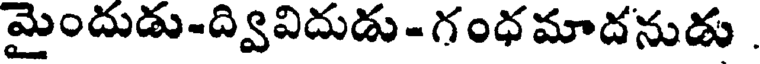
మైందుడు-ద్వివిదుడు- గంధమాదనుడు